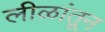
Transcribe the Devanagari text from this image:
लीळांतून